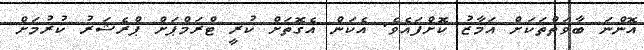
އޮންނަ ބާވަތްތަކަށް އަމާޒު ކޮށްފައެވެ. އެކަން އެގޮތަށް ކުރީ ޓްރަމްޕަށް ޕްރެޝަރު ކުރުމަށް